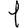
Digit: 1